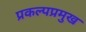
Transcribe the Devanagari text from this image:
प्रकल्पप्रमुख